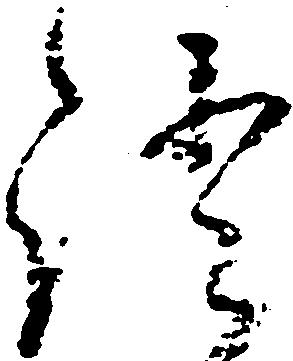
証